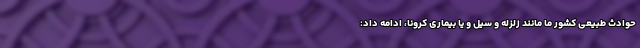
حوادث طبیعی کشور ما مانند زلزله و سیل و یا بیماری کرونا، ادامه داد: